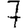
Digit: 7